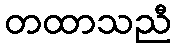
တထာသညီ